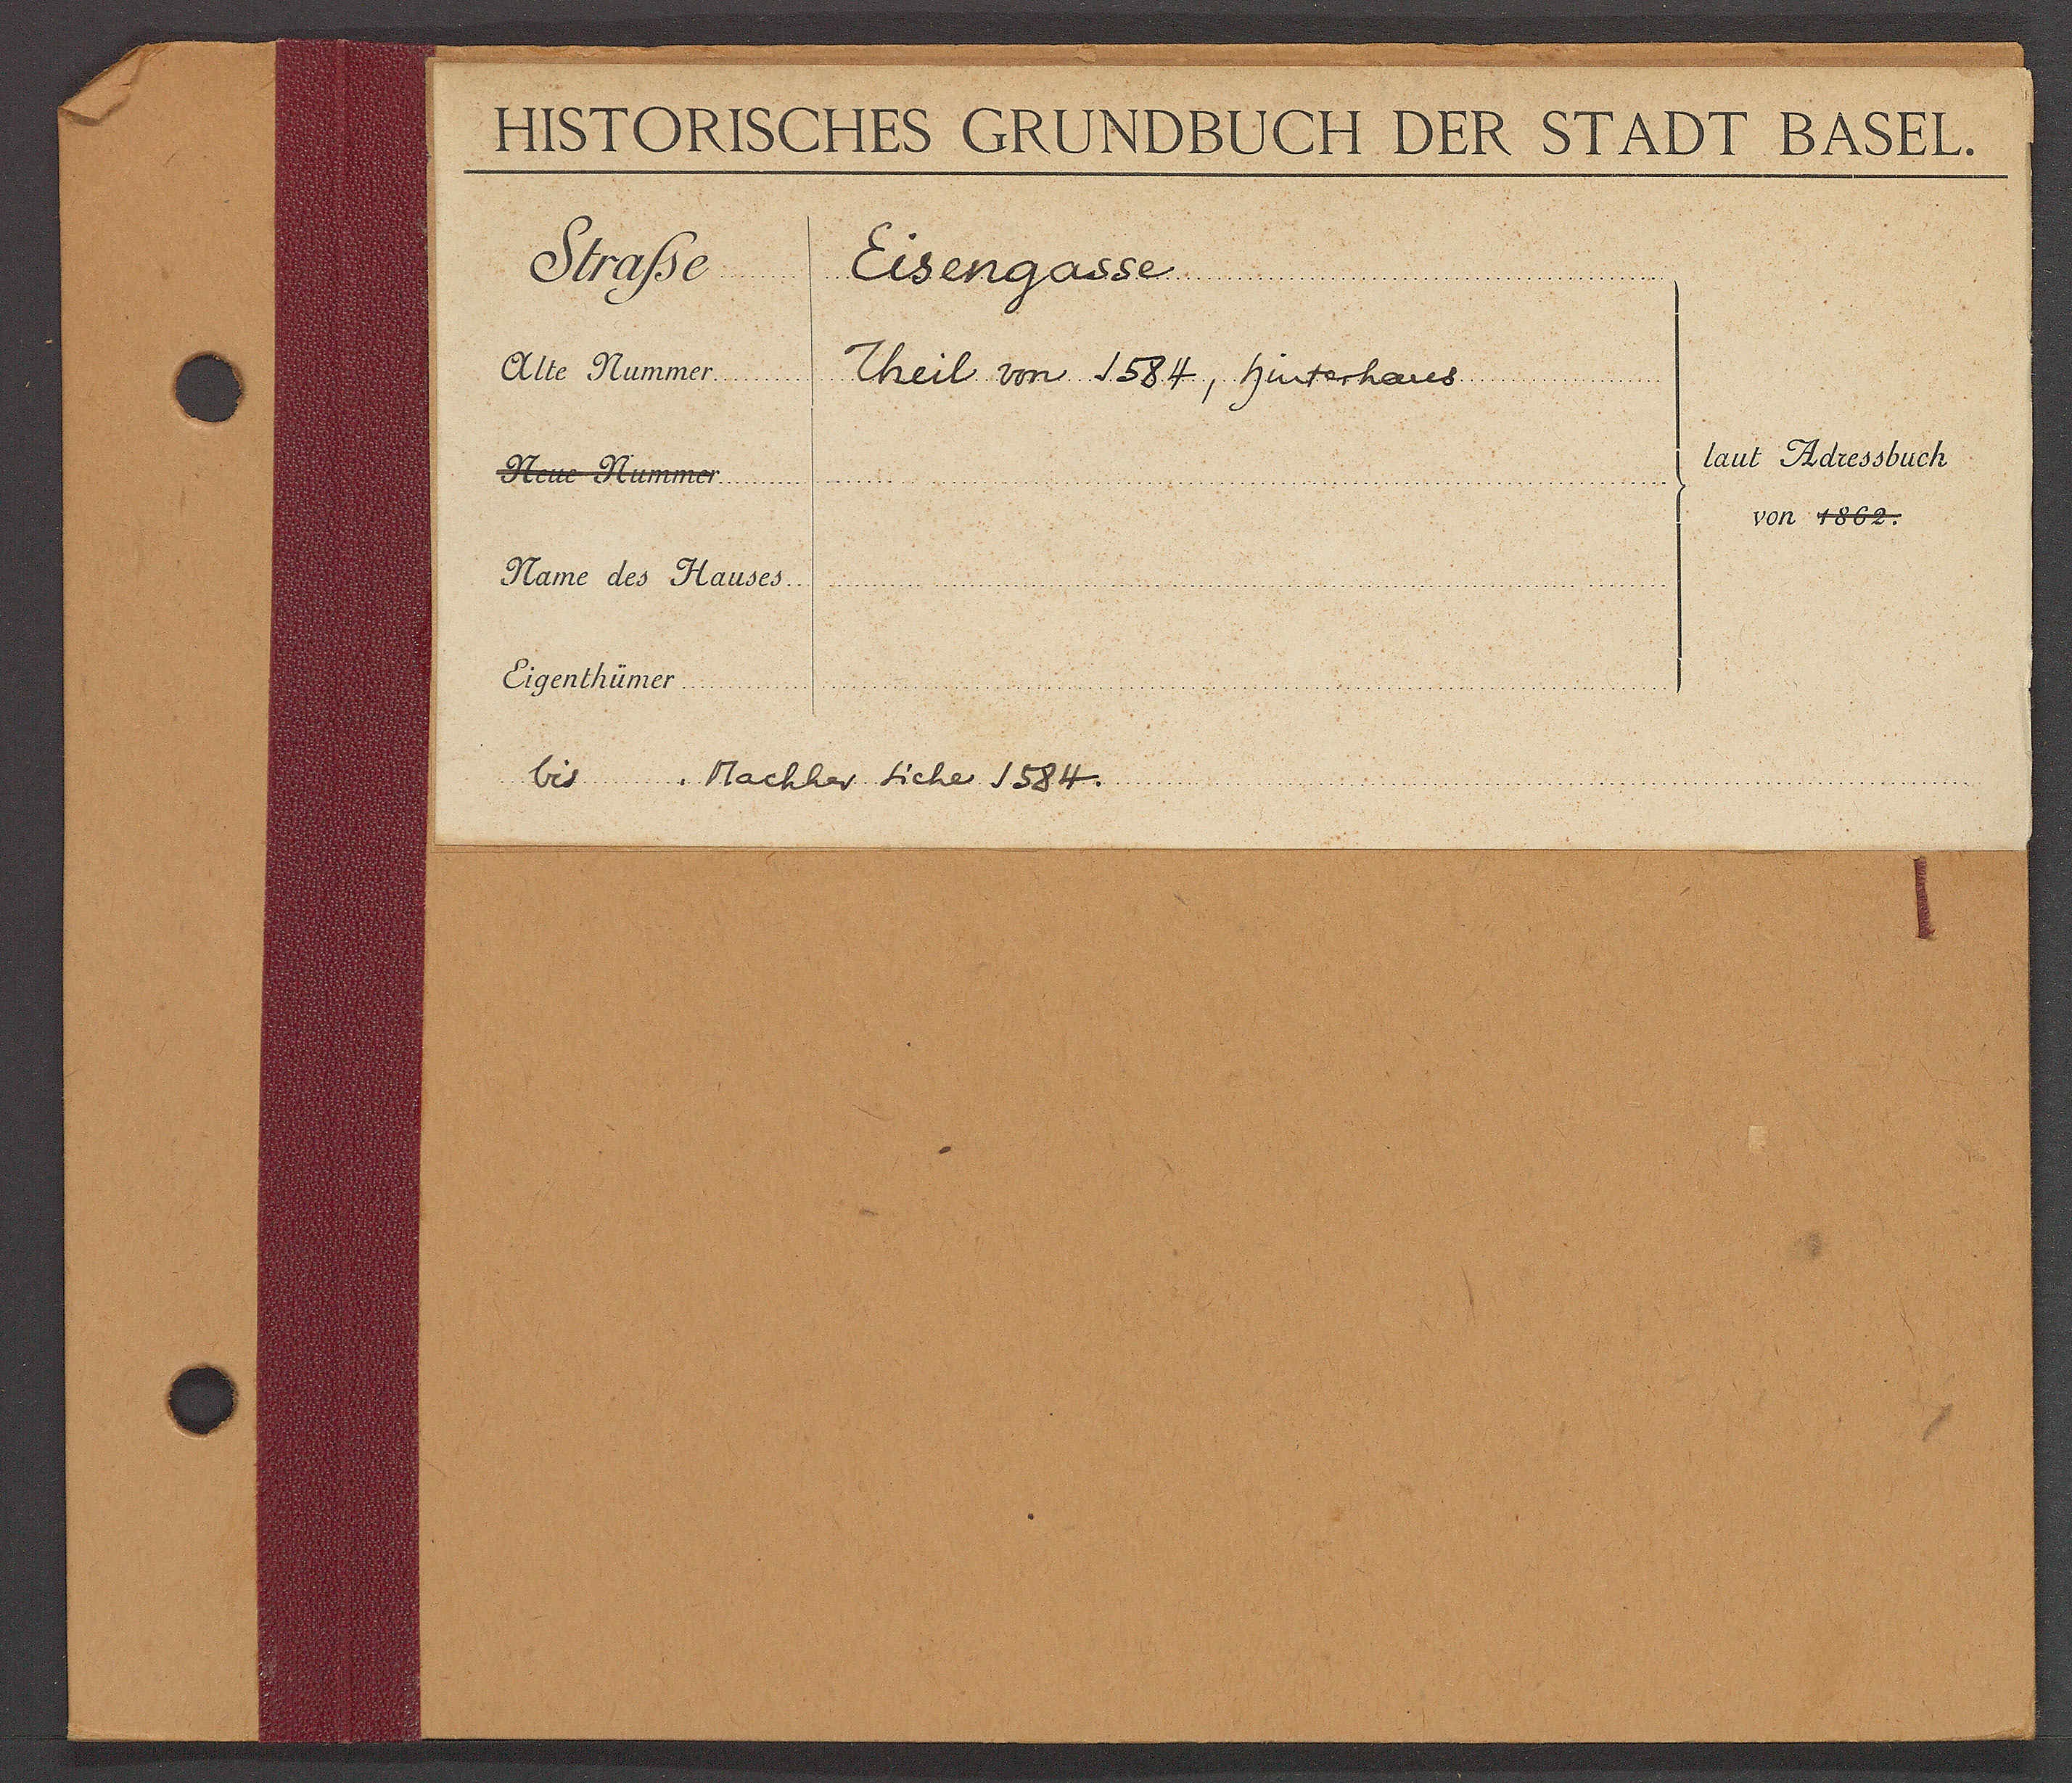
Transcript:
Eisengasse

Theil ovn 1584, Hinterhaus

bis nachher sicher 1584